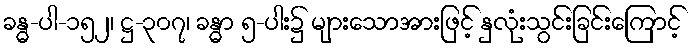
ခန္ဓ-ပါ-၁၅၂၊ ဋ္ဌ-၃၀၇၊ ခန္ဓာ ၅-ပါး၌ များသောအားဖြင့် နှလုံးသွင်းခြင်းကြောင့်